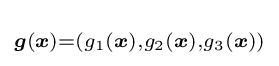
\scriptstyle {\boldsymbol {g}}({\boldsymbol {x}})=\left(g_{1}({\boldsymbol {x}}),g_{2}({\boldsymbol {x}}),g_{3}({\boldsymbol {x}})\right)